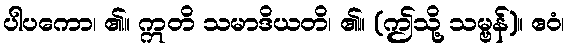
ပါပကော၊ ၏။ ဣတိ သမာဒိယတိ၊ ၏။ (ဤသို့ သမ္ဗန်)။ ဧဝံ၊